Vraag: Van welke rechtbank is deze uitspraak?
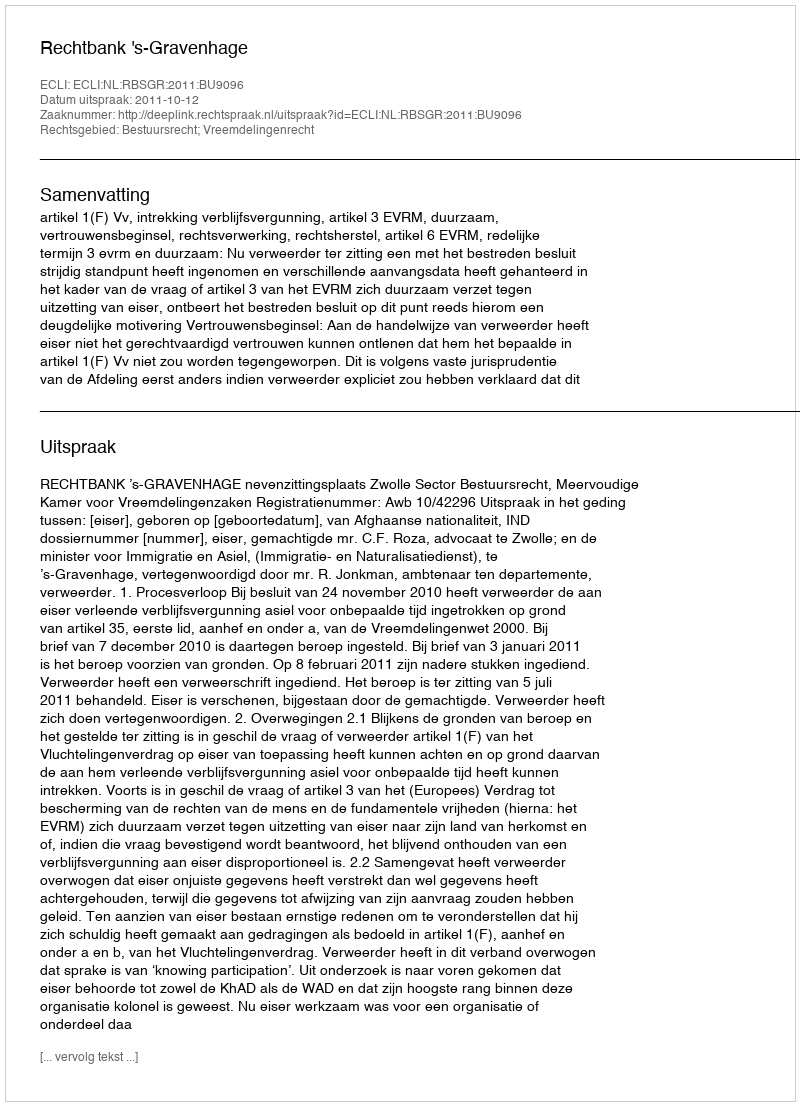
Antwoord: Rechtbank 's-Gravenhage